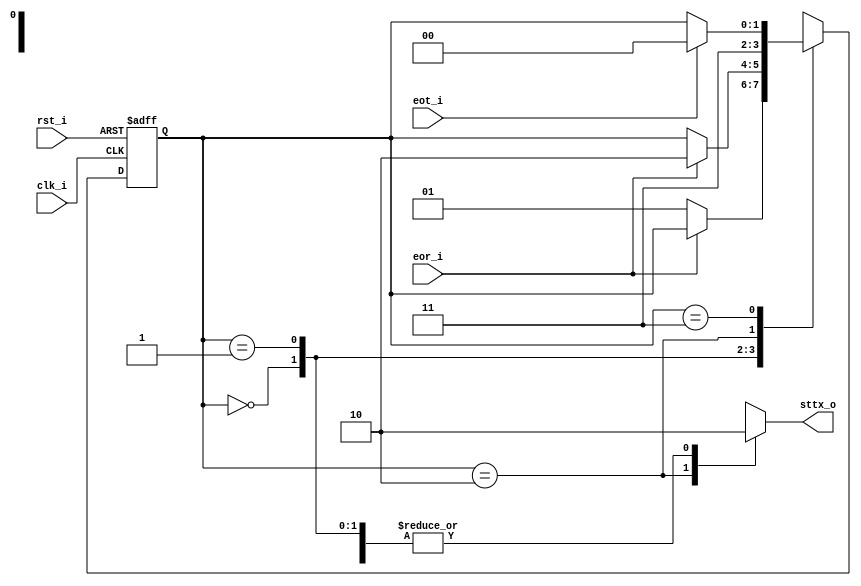
// Name: fsm_tick.v
//
// Description: FSM para logica de single tick

module fsm_echo (
  input      rst_i,
  input      clk_i,
  input      eor_i,
  input      eot_i,
  output reg sttx_o
);

  localparam [1:0] s0 = 2'b00,  // Detectar activacion de rx
                   s1 = 2'b01,  // Esperar que termine rx 
                   s2 = 2'b10,  // Activar tx
                   s3 = 2'b11;  // Esperar que termine tx

  reg [1:0] next_state, present_state;

  always @(eor_i, eot_i, present_state) begin
    sttx_o = 1'b0;
    next_state = present_state;
    case (present_state)
      s0 : begin // Detectar activacion de rx
             if (~eor_i)
               next_state = s1;
           end
      s1 : begin // Esperar que termine rx 
             if (eor_i)
               next_state = s2;
           end
      s2 : begin // Activar tx
             sttx_o = 1'b1;
             next_state = s3;
           end
      s3 : begin // Esperar que termine tx
             if (eot_i)
               next_state = s0;
           end            
 default : begin
             next_state = s0;
           end
    endcase
  end

  always @(posedge clk_i, posedge rst_i) begin
    if (rst_i)
      present_state <= s0;
    else
      present_state <= next_state;
  end

endmodule